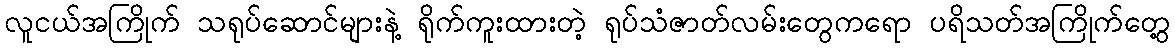
လူငယ်အကြိုက် သရုပ်ဆောင်များနဲ့ ရိုက်ကူးထားတဲ့ ရုပ်သံဇာတ်လမ်းတွေကရော ပရိသတ်အကြိုက်တွေ့